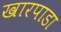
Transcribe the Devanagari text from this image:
खारपाडा